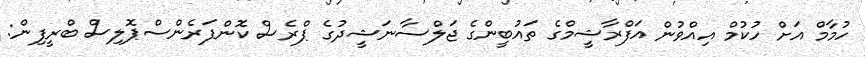
ހުމާމް އަށް ހުކުމް އިއްވުން އަފްރާޝީމްގެ ތައުބީންގެ ޖަލްސާނަޝީދުގެ ޕްރެސް ކޮންފަރެންސްޕޮލިސް ބްރީފިން: